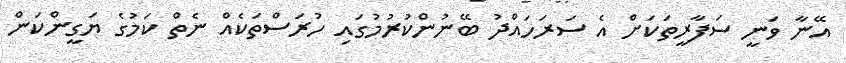
އޭނާ ވަނީ ސަފާރީތަކަށް އެ ސަރަހައްދު ބޭނުންކުރުމުގައި ހުރަސްތަކެއް ނެތް ކަމުގެ ޔަގީންކަން